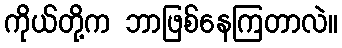
ကိုယ်တို့က ဘာဖြစ်နေကြတာလဲ။